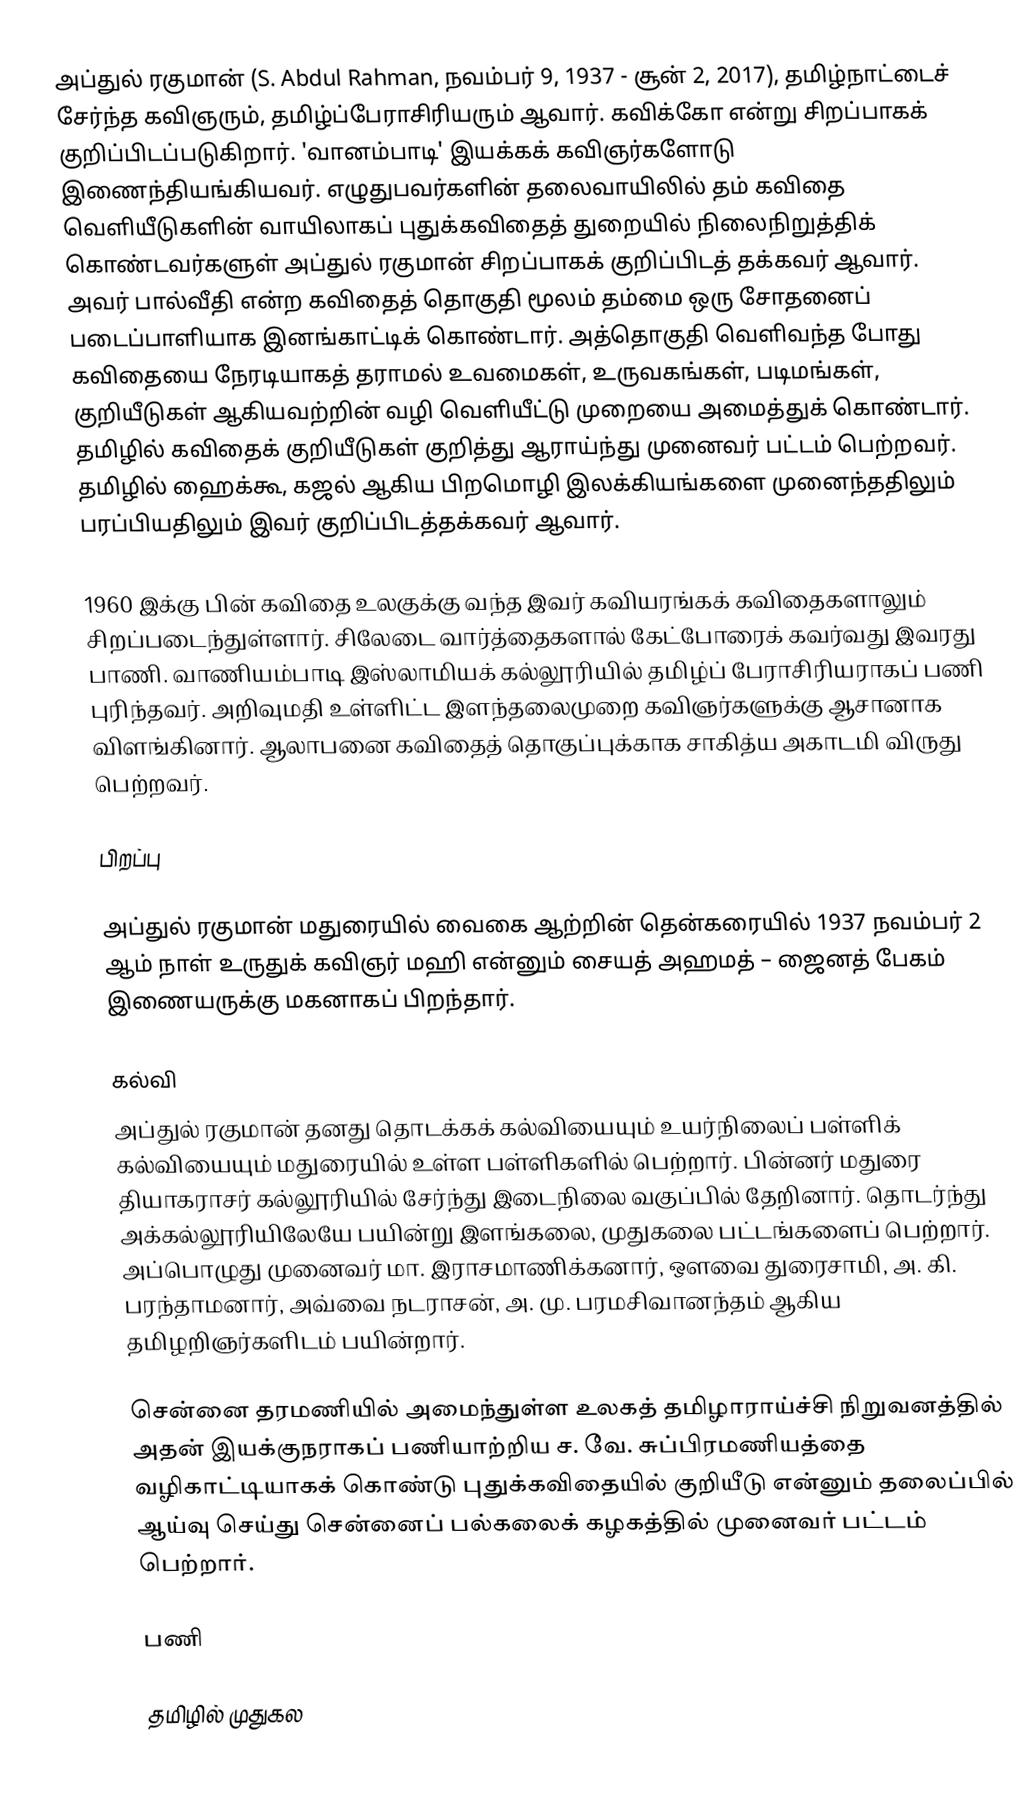
அப்துல் ரகுமான் (S. Abdul Rahman, நவம்பர் 9, 1937 - சூன் 2, 2017),   தமிழ்நாட்டைச் சேர்ந்த கவிஞரும், தமிழ்ப்பேராசிரியரும் ஆவார். கவிக்கோ என்று சிறப்பாகக் குறிப்பிடப்படுகிறார்.  'வானம்பாடி' இயக்கக் கவிஞர்களோடு இணைந்தியங்கியவர். எழுதுபவர்களின் தலைவாயிலில் தம் கவிதை வெளியீடுகளின் வாயிலாகப் புதுக்கவிதைத் துறையில் நிலைநிறுத்திக் கொண்டவர்களுள் அப்துல் ரகுமான் சிறப்பாகக் குறிப்பிடத் தக்கவர் ஆவார். அவர் பால்வீதி என்ற கவிதைத் தொகுதி மூலம் தம்மை ஒரு சோதனைப் படைப்பாளியாக இனங்காட்டிக் கொண்டார். அத்தொகுதி வெளிவந்த போது கவிதையை நேரடியாகத் தராமல் உவமைகள், உருவகங்கள், படிமங்கள், குறியீடுகள் ஆகியவற்றின் வழி வெளியீட்டு முறையை அமைத்துக் கொண்டார். தமிழில் கவிதைக் குறியீடுகள் குறித்து ஆராய்ந்து முனைவர் பட்டம் பெற்றவர். தமிழில் ஹைக்கூ, கஜல் ஆகிய பிறமொழி இலக்கியங்களை முனைந்ததிலும் பரப்பியதிலும் இவர் குறிப்பிடத்தக்கவர் ஆவார்.

1960 இக்கு பின் கவிதை உலகுக்கு வந்த இவர் கவியரங்கக் கவிதைகளாலும் சிறப்படைந்துள்ளார். சிலேடை வார்த்தைகளால் கேட்போரைக் கவர்வது இவரது பாணி. வாணியம்பாடி இஸ்லாமியக் கல்லூரியில் தமிழ்ப் பேராசிரியராகப் பணி புரிந்தவர். அறிவுமதி உள்ளிட்ட இளந்தலைமுறை கவிஞர்களுக்கு ஆசானாக விளங்கினார். ஆலாபனை கவிதைத் தொகுப்புக்காக சாகித்ய அகாடமி விருது பெற்றவர்.

பிறப்பு

அப்துல் ரகுமான் மதுரையில் வைகை ஆற்றின்  தென்கரையில் 1937 நவம்பர் 2 ஆம் நாள்  உருதுக் கவிஞர் மஹி என்னும் சையத் அஹமத் – ஜைனத் பேகம் இணையருக்கு மகனாகப் பிறந்தார்.

கல்வி
அப்துல் ரகுமான் தனது தொடக்கக் கல்வியையும்  உயர்நிலைப் பள்ளிக் கல்வியையும் மதுரையில் உள்ள பள்ளிகளில் பெற்றார்.   பின்னர் மதுரை தியாகராசர் கல்லூரியில் சேர்ந்து இடைநிலை வகுப்பில் தேறினார். தொடர்ந்து அக்கல்லூரியிலேயே பயின்று இளங்கலை, முதுகலை பட்டங்களைப் பெற்றார்.  அப்பொழுது முனைவர் மா. இராசமாணிக்கனார், ஔவை துரைசாமி, அ. கி. பரந்தாமனார், அவ்வை நடராசன், அ. மு. பரமசிவானந்தம் ஆகிய தமிழறிஞர்களிடம்  பயின்றார்.

சென்னை தரமணியில் அமைந்துள்ள உலகத் தமிழாராய்ச்சி நிறுவனத்தில் அதன்  இயக்குநராகப் பணியாற்றிய ச. வே. சுப்பிரமணியத்தை வழிகாட்டியாகக் கொண்டு புதுக்கவிதையில் குறியீடு என்னும் தலைப்பில் ஆய்வு செய்து சென்னைப் பல்கலைக் கழகத்தில் முனைவர் பட்டம் பெற்றார்.

பணி

தமிழில் முதுகல